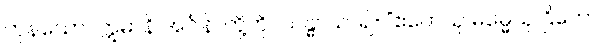
ကုန်သော။ ဣမာနိ အင်္ဂါနိ၊ တို့ကို။ သန္ဓာယ၊ ၍။ “ဧတေသု ဓမ္မေသု ဌိတော